Insane asylums in Bengal annual reports 1867-1875 - 1867-1875
Year: 1867
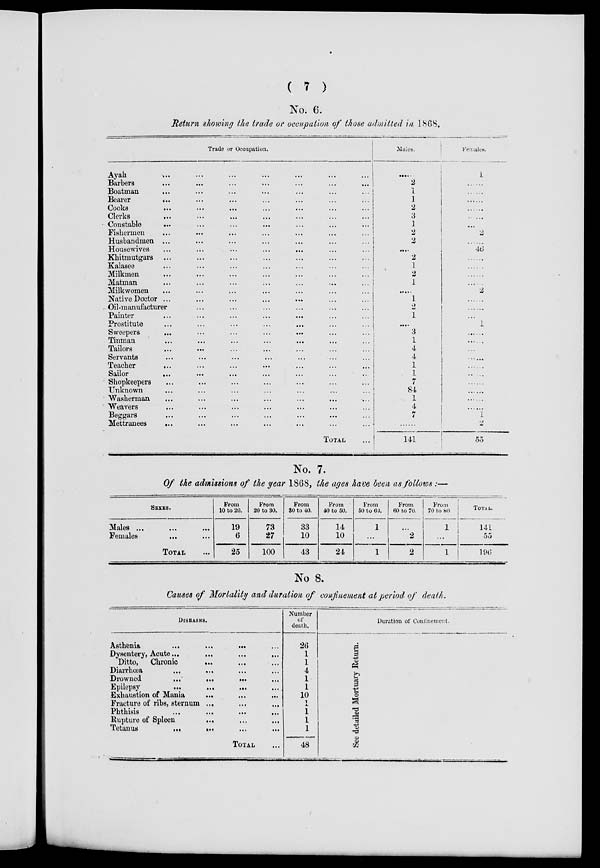
( 7 )
No. 6.
Return showing the trade or occupation of those admitted in 1868.
Trade or Occupation.
Ayah ... ... ... ... ... ... ... ...
Barbers ... ... ... ... ... ... ... ...
Boatman ... ... ... ... ... ... ... ...
Bearer ... ... ... ... ... ... ... ...
Cooks ... ... ... ... ... ... ... ...
Clerks ... ... ... ... ... ... ... ...
Constable ... ... ... ... ... ... ... ...
Fishermen ... ... ... ... ... ... ... ...
Husbandmen ... ... ... ... ... ... ... ...
Housewives ... ... ... ... ... ... ... ...
Khitmutgars ... ... ... ... ... ... ... ...
Kalasee ... ... ... ... ... ... ... ...
Milkmen ... ... ... ... ... ... ... ...
Matman ... ... ... ... ... ... ... ...
Milkwomen ... ... ... ... ... ... ... ...
Native Doctor ... ... ... ... ... ... ... ...
Oil-manufacturer ... ... ... ...
Painter ... ... ... ... ... ... ... ...
Prostitute ... ... ... ... ... ... ... ...
Sweepers ... ... ... ... ... ... ... ...
Tinman ... ... ... ... ... ... ... ...
Tailors ... ... ... ... ... ... ... ...
Servants ... ... ... ... ... ... ... ...
Teacher
... ... ... ... ... ... ... ...
Sailor
...
...
...
...
...
...
..
Shopkeepers ... ... ... ... ... ... ... ...
Unknown ... ... ... ... ... ... ... ...
Washerman ... ... ... ... ... ... ... ...
Weavers ... ... ... ... ... ... ... ...
Beggars ... ... ... ... ... ... ... ...
Mettranees
... ... ... ... ... ... ...
TOTAL ...
Males.
......
2
1
1
2
3
1
2
2
....
2
1
2
1
......
1
2
1
......
3
1
4
4
1
1
7
84
1
4
7
......
141
Females.
1
......
......
......
......
......
......
2
......
46
......
......
......
......
2
......
......
......
1
......
......
......
......
......
......
......
......
......
......
......
2
55
No. 7.
Of the admissions of the year 1868, the ages have been as follows :—
SEXES.
Males ... ... ...
Females ... ...
TOTAL ..
From
10 to 20.
19
6
25
From
20 to 30.
73
27
100
From
30 to 40.
33
10
43
From
40 to 50.
14
10
24
From
50 to 60.
1
...
1
From
60 to 70.
...
2
2
From
70 to 80.
1
...
1
TOTAL.
141
55
196
No 8.
Causes of Mortality and duration of confinement at period of death.
DISEASES.
Asthenia
...
...
...
...
Dysentery, Acute...
...
...
...
Ditto, Chronic
...
...
...
Diarrhœa ... ... ... ...
Drowned
...
...
... ...
Epilepsy ... ... ... ...
Exhaustion of Mania
... ... ...
Fracture of ribs, sternum ... ... ...
Phthisis
...
...
...
...
Rupture of Spleen ...
... ...
Tetanus
...
... ... ...
TOTAL ...
Number
of
death.
26
1
1
4
1
1
10
1
1
1
1
48
See detailed Mortuary Return.
Duration of Confinement.